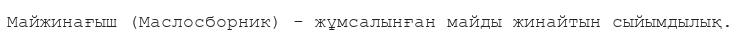
Майжинағыш (Маслосборник) - жұмсалынған майды жинайтын сыйымдылық.